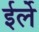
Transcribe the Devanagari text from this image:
ईर्ले